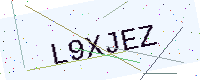
Text: L9XJEZ